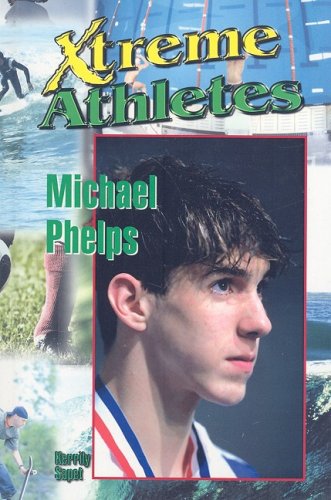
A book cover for Michael Phelps (Xtreme Athletes); Kerrily Sapet; Children's Books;